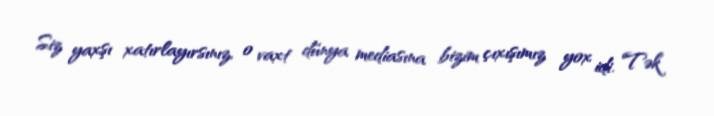
Siz yaxşı xatırlayırsınız, o vaxt dünya mediasına bizim çıxışımız yox idi. Tək